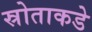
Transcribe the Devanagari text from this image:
स्रोताकडे